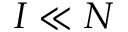
I \ll N